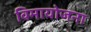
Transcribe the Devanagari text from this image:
विमायोजना